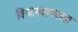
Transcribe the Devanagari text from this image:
विश्रामबागवाडा